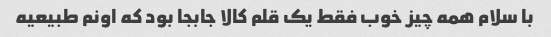
با سلام همه چیز خوب فقط یک قلم کالا جابجا بود که اونم طبیعیه